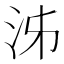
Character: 泲